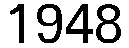
1948